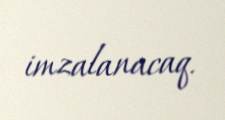
imzalanacaq.